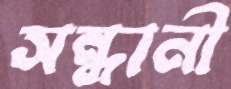
সন্ধানী